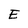
Character: E